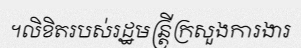
។លិខិតរបស់រដ្ឋមន្ត្រីក្រសួងការងារ